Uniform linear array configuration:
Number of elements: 8
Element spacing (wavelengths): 0.25
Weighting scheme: kaiser
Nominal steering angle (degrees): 30
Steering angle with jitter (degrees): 28.657
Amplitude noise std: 0.05
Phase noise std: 0.05

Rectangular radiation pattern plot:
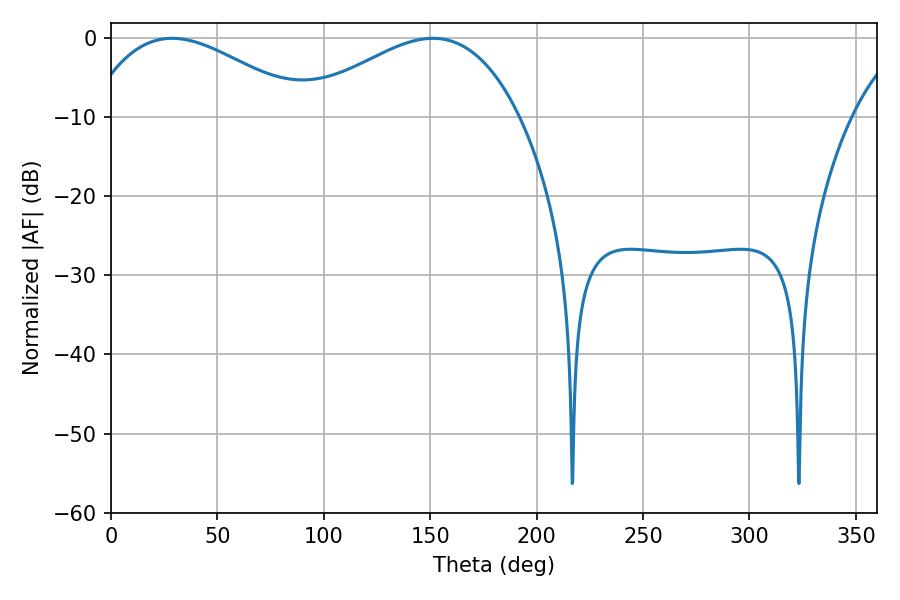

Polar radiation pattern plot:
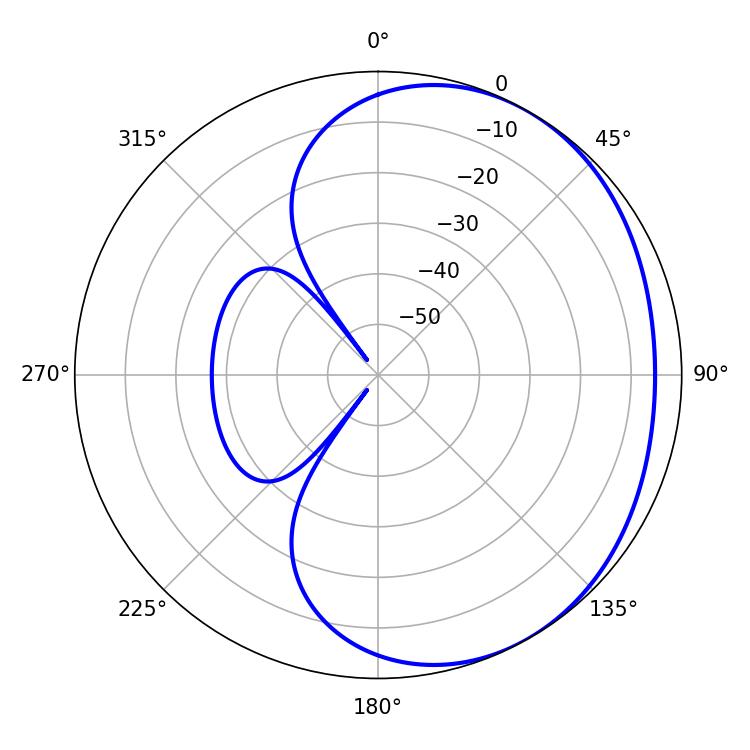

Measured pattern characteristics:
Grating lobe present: FALSE
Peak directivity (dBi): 2.419
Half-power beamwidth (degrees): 56.16
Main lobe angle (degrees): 28.8